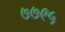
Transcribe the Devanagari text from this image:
७७९५